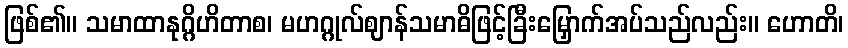
ဖြစ်၏။ သမာထာနုဂ္ဂိဟိတာစ၊ မဟဂ္ဂုလ်ဈာန်သမာဓိဖြင့်ခြီးမြှောက်အပ်သည်လည်း။ ဟောတိ၊